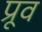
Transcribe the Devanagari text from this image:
प्रूव